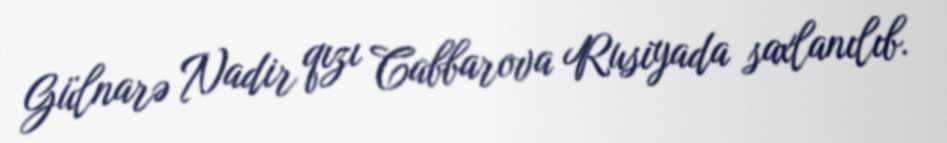
Gülnarə Nadir qızı Cabbarova Rusiyada saxlanılıb.